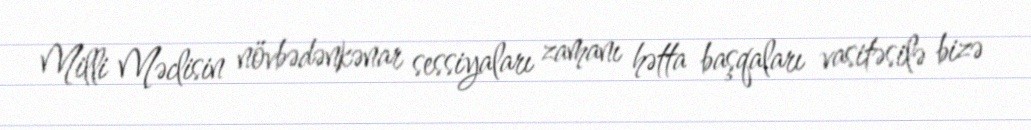
Milli Məclisin növbədənkənar sessiyaları zamanı hətta başqaları vasitəsilə bizə